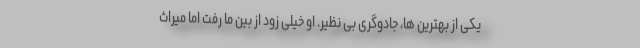
یکی از بهترین ها، جادوگری بی نظیر. او خیلی زود از بین ما رفت اما میراث